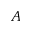
A